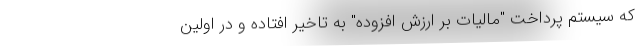
که سیستم پرداخت "مالیات بر ارزش افزوده" به تاخیر افتاده و در اولین